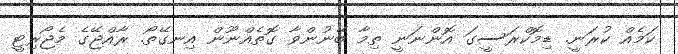
ކަމެއް ކުރަނީ. ޑިމޮކްރަސީގަ އޮންނަނީ ތިމާ ބޭނުންވާ ގޮތެއްނޫން އިނގޭތޯ. ރާއްޖޭގެ މެޖޯރިޓީ